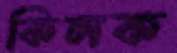
কিলক